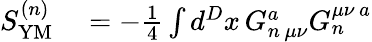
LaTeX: \begin{array}{rl}{S_{\mathrm{YM}}^{(n)}}&{{}=-\frac{1}{4}\int d^{D}x\, G_{n\, \mu\nu}^{a}G_{n}^{\mu\nu\, a}}\end{array}